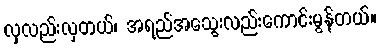
လှလည်းလှတယ်၊ အရည်အသွေးလည်းကောင်းမွန်တယ်။